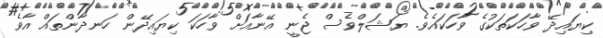
ކިޔައިދޭ ވާހަކަތަކުގެ ވާހަކައެވެ. ޔަޝަލްވެސް ޖެނީ އޭނާއަށް ވާހަކަ ކިޔައިދޭން ހަނދާންތައް އާވެ